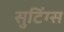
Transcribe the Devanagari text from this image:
सुटिंग्स